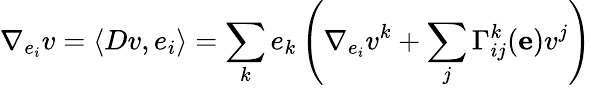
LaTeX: \nabla_{e_{i}}v=\langle Dv,e_{i}\rangle=\sum_{k}e_{k}\left(\nabla_{e_{i}}v^{k}+\sum_{j}\Gamma_{ij}^{k}(\mathbf{e})v^{j}\right)